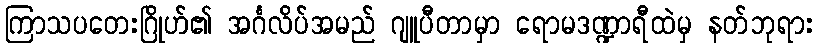
ကြာသပတေးဂြိုဟ်၏ အင်္ဂလိပ်အမည် ဂျူပီတာမှာ ရောမဒဏ္ဍာရီထဲမှ နတ်ဘုရား